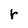
Character: r